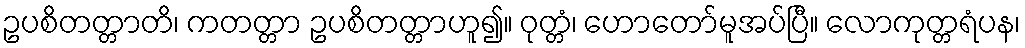
ဥပစိတတ္တာတိ၊ ကတတ္တာ ဥပစိတတ္တာဟူ၍။ ဝုတ္တံ၊ ဟောတော်မူအပ်ပြီ။ လောကုတ္တရံပန၊